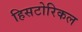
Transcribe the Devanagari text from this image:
हिसटोरिकल